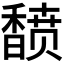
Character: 𬳟